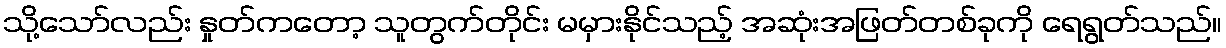
သို့သော်လည်း နှုတ်ကတော့ သူတွက်တိုင်း မမှားနိုင်သည့် အဆုံးအဖြတ်တစ်ခုကို ရေရွတ်သည်။